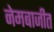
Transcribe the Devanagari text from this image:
नेमबाजीत